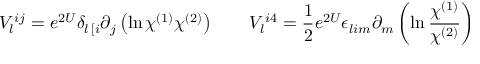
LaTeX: V _ { l } { } ^ { i j } = e ^ { 2 U } \delta _ { l \, [ i } \partial _ { j } \left( \ln \chi ^ { ( 1 ) } \chi ^ { ( 2 ) } \right) \qquad V _ { l } { } ^ { i 4 } = { \frac { 1 } { 2 } } e ^ { 2 U } \epsilon _ { l i m } \partial _ { m } \left( \ln { \frac { \chi ^ { ( 1 ) } } { \chi ^ { ( 2 ) } } } \right)